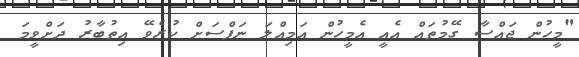
"މީހުން ޖައްސާ ގޭމުތައް އެއީ އެމީހުން އަމިއްލަ ނަފްސަށް ކުރެވޭ އިތުބާރު ދަށްވީމަ